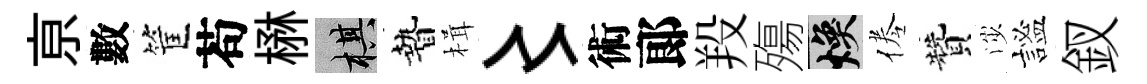
亰數筐苟楙棋贄楫〻術郞羖殤焕倦贊渉謐釵